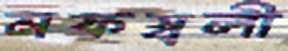
মফস্বলী